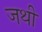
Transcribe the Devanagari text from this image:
जथी